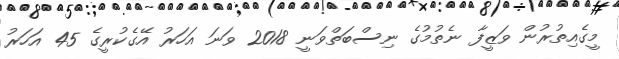
މީގެއިތުރުން ވަޒީފާ ނެތުމުގެ ނިސްބަތްވަނީ 2018 ވަނަ އަހަރު އޭގެކުރީގެ 45 އަހަރު